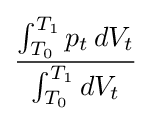
{\frac {\int _{T_{0}}^{T_{1}}p_{t}\,dV_{t}}{\int _{T_{0}}^{T_{1}}dV_{t}}}